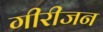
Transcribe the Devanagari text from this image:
गीरीजन